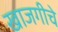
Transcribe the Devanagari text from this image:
खाजगीचे